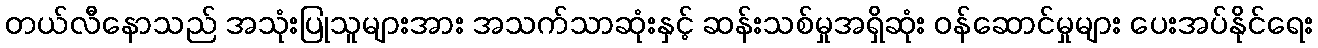
တယ်လီနောသည် အသုံးပြုသူများအား အသက်သာဆုံးနှင့် ဆန်းသစ်မှုအရှိဆုံး ဝန်ဆောင်မှုများ ပေးအပ်နိုင်ရေး